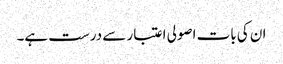
ان کی بات اصولی اعتبار سے درست ہے۔